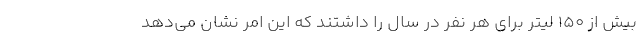
بیش از ۱۵۰ لیتر برای هر نفر در سال را داشتند که این امر نشان می‌دهد